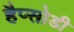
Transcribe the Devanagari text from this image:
हैप्सोडी